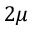
2 \mu